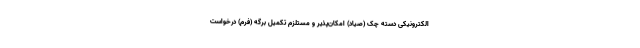
الکترونیکی دسته چک (صیاد) امکان‌پذیر و مستلزم تکمیل برگه (فرم) درخواست